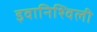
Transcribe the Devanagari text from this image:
इवानिश्विली